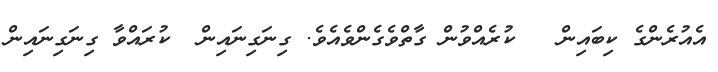
އެއުރެންގެ ކިބައިން   ކުރެއްވުން ގާތްވެގެންވެއެވެ. ގިނަގިނައިން  ކުރައްވާ ގިނަގިނައިން